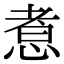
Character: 𢝬